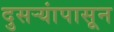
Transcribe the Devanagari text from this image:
दुसऱ्यांपासून